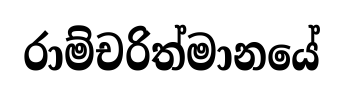
රාම්චරිත්මානයේ